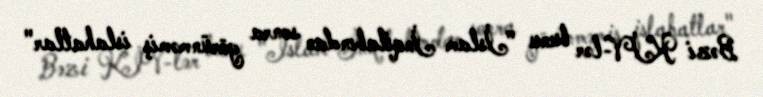
Bəzi KİV-lər bunu "İslam İnqilabından sonra görünməmiş islahatlar"